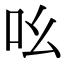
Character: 吆